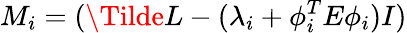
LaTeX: M_{i}=(\Tilde{L}-(\lambda_{i}+\phi_{i}^{T}E\phi_{i})I)